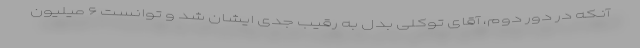
آنکه در دور دوم، آقای توکلی بدل به رقیب جدی ایشان شد و توانست ۶ میلیون